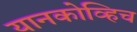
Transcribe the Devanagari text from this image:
यानकोव्हिच